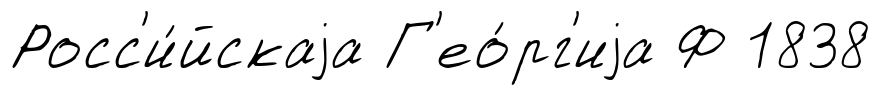
Росс'и́йскаjа Г'ео́рг'иjа Ф 1838